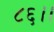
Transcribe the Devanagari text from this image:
८६।।